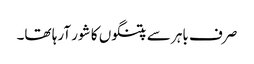
صرف باہر سے پتنگوں کا شور آرہا تھا۔